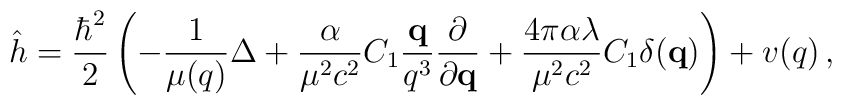
\hat h = \frac{\hbar^2}{2}\left(-\frac{1}{\mu(q)}\Delta +\frac{\alpha}{\mu^2c^2}C_1\frac{{\bf q}}{q^3}\frac{\partial}{\partial{\bf q}} + \frac{4\pi\alpha\lambda}{\mu^2c^2}C_1\delta({\bf q})\right)+ v(q)\,,